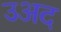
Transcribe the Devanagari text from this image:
उअद